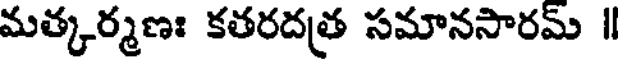
మత్కర్మణః కతరదత్ర సమానసారమ్ ॥